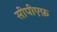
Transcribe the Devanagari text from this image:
सीपीएफ़